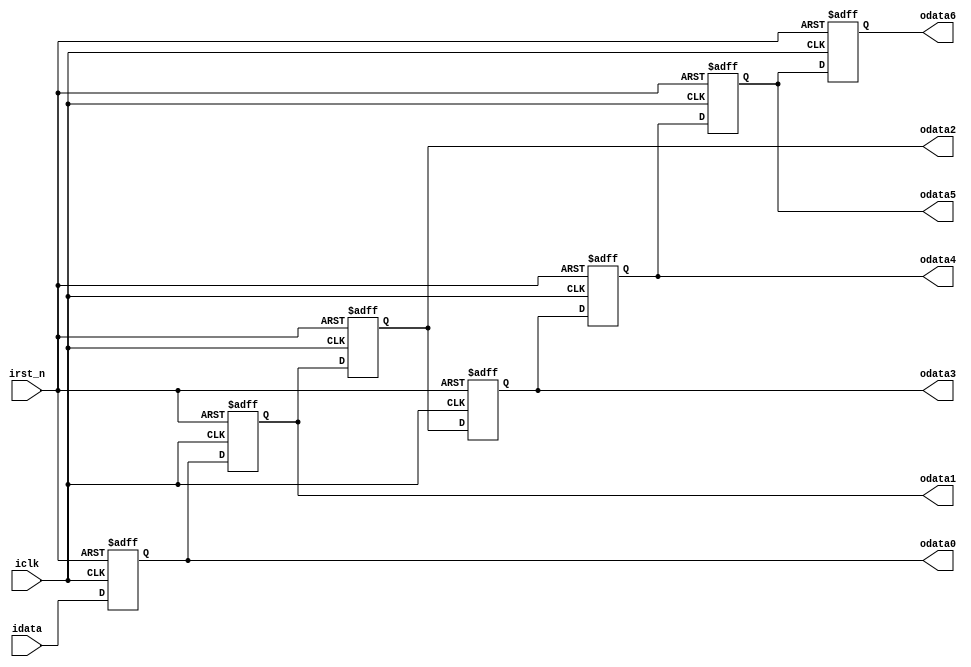
`timescale 1 ps / 1 ps

module Window_hold_7x7 (
	input              			 iclk,
	input            			  	irst_n,
	input	     		[8:0]   	 idata,
	output	reg	  [8:0]   	 odata0,
	output	reg	  [8:0]   	 odata1,
	output	reg	  [8:0]  	  odata2,
	output	reg	  [8:0]  	  odata3,
	output	reg	  [8:0]  	  odata4,
	output	reg	  [8:0]  	  odata5,
	output	reg	  [8:0]  	  odata6
);

always@(posedge iclk or negedge irst_n) begin
	if (!irst_n) begin
		odata0 <= 0;
		odata1 <= 0;
		odata2 <= 0;
		odata3 <= 0;
		odata4 <= 0;
		odata5 <= 0;
		odata6 <= 0;
	end
	else begin
		odata0 <= idata;
		odata1 <= odata0;
		odata2 <= odata1;
	  odata3 <= odata2;
		odata4 <= odata3;
		odata5 <= odata4;
		odata6 <= odata5;
	end
end

endmodule